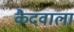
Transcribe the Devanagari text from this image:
कैदवाला